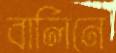
বার্লিনে